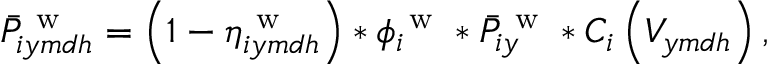
\bar { P } _ { i y m d h } ^ { \mathrm { ~ w ~ } } = \left( 1 - \eta _ { i y m d h } ^ { \mathrm { ~ w ~ } } \right) * \phi _ { i } ^ { \mathrm { ~ w ~ } } * \bar { P } _ { i y } ^ { \mathrm { ~ w ~ } } * C _ { i } \left( V _ { y m d h } \right) ,